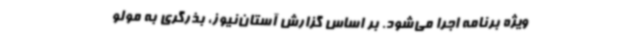
ویژه برنامه اجرا می‌شود. بر اساس گزارش آستان‌نیوز، بذرگری به مولو